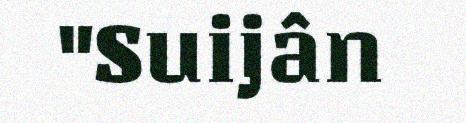
"Suijân